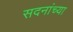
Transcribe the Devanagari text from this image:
सदनांच्या